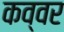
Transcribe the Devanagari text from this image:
कव्वर